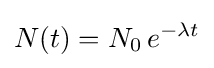
N(t)=N_{0}\,e^{-{\lambda }t}